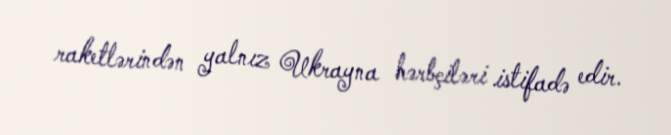
raketlərindən yalnız Ukrayna hərbçiləri istifadə edir.